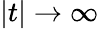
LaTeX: |t|\rightarrow\infty